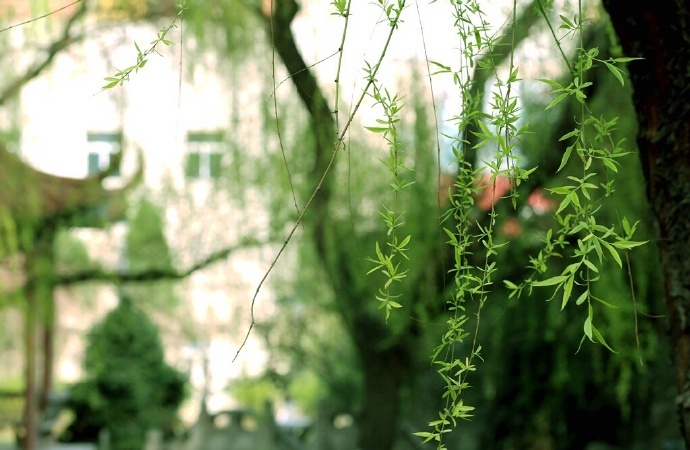
柳条百尺拂银塘，且莫深青只浅黄。